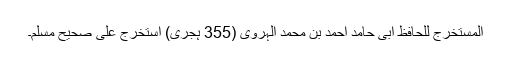
المستخرج للحافظ ابی حامد احمد بن محمد الہروی (355 ہجری) استخرج علی صحیح مسلم۔